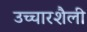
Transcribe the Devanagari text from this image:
उच्चारशैली